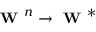
\textbf { W } ^ { n } \to \textbf { W } ^ { * }